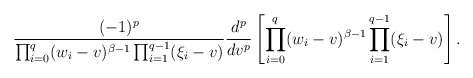
\begin{align*}\frac{(-1)^{p}}{\prod_{i=0}^q (w_i-v)^{\beta-1}\prod_{i=1}^{q-1} (\xi_i-v)}\frac{d^p}{dv^p} \left[ \prod_{i=0}^q (w_i-v)^{\beta-1}\prod_{i=1}^{q-1} (\xi_i-v) \right] .\end{align*}